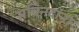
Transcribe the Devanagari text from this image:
सचिनदांना